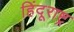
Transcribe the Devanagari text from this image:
हिंदूराष्ट्र